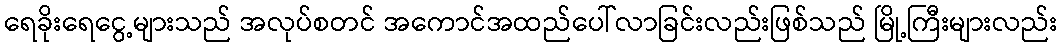
ရေခိုးရေငွေ့များသည် အလုပ်စတင် အကောင်အထည်ပေါ်လာခြင်းလည်းဖြစ်သည် မြို့ကြီးများလည်း